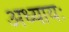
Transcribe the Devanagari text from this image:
अध्यायः